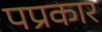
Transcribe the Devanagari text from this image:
पप्रकार